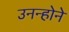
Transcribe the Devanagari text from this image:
उनन्होने